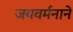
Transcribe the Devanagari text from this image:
जयवर्मनाने